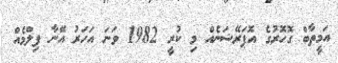
އަމީތާބް ގޮހޮރުގެ އޮޕަރޭޝަނެއް މި ކުރީ 1982 ވަނަ އަހަރު އޭނާ ފިލްމެއް